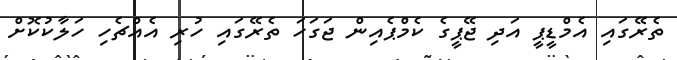
ތެރޭގައި އެމްޑީޕީ އަދި ޖޭޕީގެ ކެމްޕެއިން ޖަގަހަ ތެރޭގައި ހުރި އެއްޗެހި ހަލާކުކޮށް